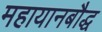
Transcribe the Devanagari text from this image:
महायानबौद्ध